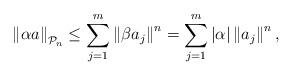
LaTeX: \begin{align*}\left\Vert\alpha a\right\Vert_{\mathcal{P}_n}\le\sum_{j=1}^m \left\Vert\beta a_j \right\Vert^n=\sum_{j=1}^m \left\vert \alpha \right\vert \left\Vert a_j\right\Vert^n,\end{align*}